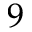
9